Report of the Hyderabad Chloroform Commission
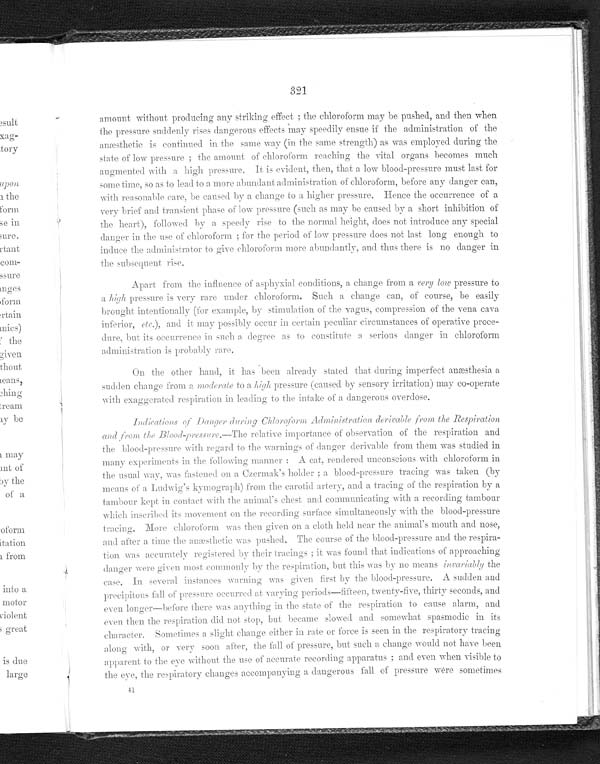
321
amount without producing any striking effect; the chloroform may be pushed, and then when
the pressure suddenly rises dangerous effects may speedily ensue if the administration of the
anæsthetic is continued in the same way (in the same strength) as was employed during the
state of low pressure; the amount of chloroform reaching the vital organs becomes much
augmented with a high pressure. It is evident, then, that a low blood-pressure must last for
some time, so as to lead to a more abundant administration of chloroform, before any danger can,
with reasonable care, be caused by a change to a higher pressure. Hence the occurrence of a
very brief and transient phase of low pressure (such as may be caused by a short inhibition of
the heart), followed by a speedy rise to the normal height, does not introduce any special
danger in the use of chloroform; for the period of low pressure does not last long enough to
induce the administrator to give chloroform more abundantly, and thus there no danger in
t h e s u b s e q u e n t r i s e .
Apart from the influence of asphyxial conditions, a change from a ve ry low pressure to
high pressure is very rare under chloroform. Such a change can, of course, be easily
b r o u g h t i n t e n t i o n a l l y ( f o r e x a m p l e , b y s t i m u l a t i o n o f t h e v a g u s , c o m p r e s s i o n o f t h e v e n a c a v a
inferior, etc.), and it may possibly occur in certain peculiar circumstances of operative proce-
dure, but its occurrence in such a degree as to constitute a serious danger in chloroform
administration is probably rare
.
On the other hand, it has been already stated that during imperfect anæsthes
ia a sudden change from a moderate to a high pressure (caused by sensory irritation) may co-operate
with exaggerated respiration in leading to the intake of a dangerous overdose.
Indication of Danger during Chloroform Administration dericable from the Respiration
and from the Blood-pressure.— The relative importance of observation of the respiration and
the blood-pressure with regard to the warnings of danger derivable from them was studied
in many experiments in the following manner: A cat rendered unconscious with chloroform in
the usual way, was fastened on a Czemark's holder; a blood-pressure tracing was taken
(by means of a Ludwig's kymograph) from the carotid artery, and a tracing of the respiration
by a tambour kept in contact with the animal's chest and communicating with a recording tambour
which inscribed its movement on the recording surface simultaneously with the blood-pressu
re tracing. More chloroform was then given on a cloth held near the animal's mouth and nose,
and after a time the anæsthetic was pushed. The course of the blood-pressure
and the respira-tion was accurately registered by their tracings; it was found that indications of approaching
danger were given most commonly by the respiration, but this was by no means inrariably the
case. In several instances warning was given first by the blood-pressure. A sudden and
precipitous fall of pressure occurred at varying periods—fifteen, twenty-five, thirty seconds,
and even longer—before there was anything in the state of the respiration to cause alar
m , a n d e v e n t h e n t h e r e s p i r a t i o n d i d n o t s t o p , b u t b e c a m e s l o w e d a n d s o m e w h a t s p a s m o d i c i n i t s
character. Sometimes a slight change either in rate or force is seen in the respiratory tracing
along with, or very soon after, the fall of pressure, but such a change would not have been
apparent to the eye without the use of accurate recording apparatus: and even when
v i s i b l e t o t h e e y e , t h e r e s p i r a t o r y c h a n g e s a c c o m p a n y i n g a d a n g e r o u s f a l l o f p r e s s u r e w e r e s o m e t i m e s
41